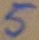
Text: 5